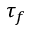
\tau _ { f }